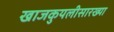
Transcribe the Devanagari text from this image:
खाजकुयलीसारख्या